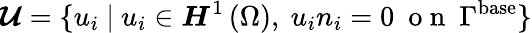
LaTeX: {\boldsymbol{\mathcal{U}}=\{ u_{i}\ |\ u_{i}\in\boldsymbol{H}^{1}\left(\Omega\right),\ u_{i}n_{i}=0\ \mathrm{~o~n~}\ \Gamma^{\mathrm{{base}}}\} }